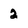
Character: 2